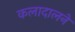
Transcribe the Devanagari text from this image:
कलादालने